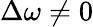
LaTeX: \Delta\omega\ne 0